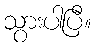
သွားပါပြီ။